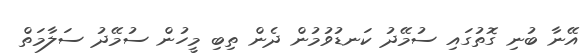
އޭނާ ބުނި ގޮތުގައި ސުމޭދު ކަނޑުވުމުން ދެން ތިބި މީހުން ސުމޭދު ސަލާމަތް